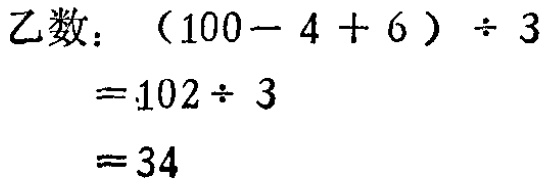
乙数：\((100 - 4 + 6)\div 3\)
\(=102\div 3\)
\(=34\)